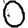
Digit: 0